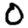
Digit: 0